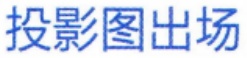
投影图出场